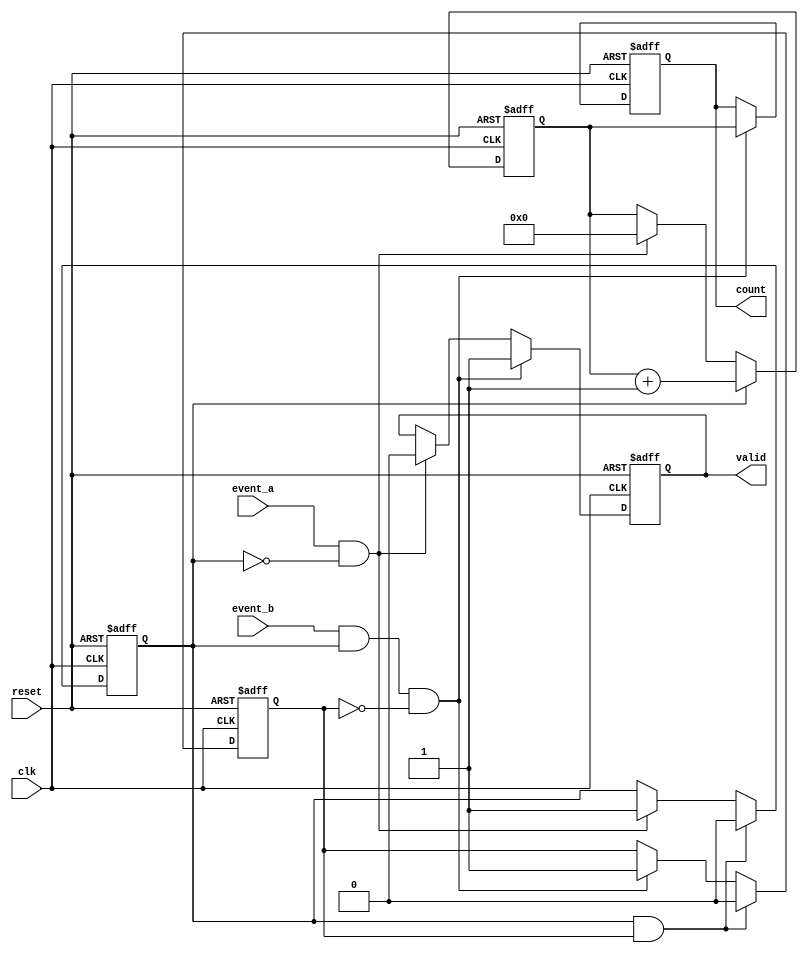
module TDC (
    input wire clk,            // High-frequency clock signal
    input wire reset,          // Asynchronous reset signal
    input wire event_a,        // Event A input
    input wire event_b,        // Event B input
    output reg [15:0] count,   // Output count value (16-bit)
    output reg valid           // Output valid signal
);

    reg [15:0] counter;        // Counter to measure time intervals
    reg event_a_detected;      // Flag for Event A detection
    reg event_b_detected;      // Flag for Event B detection

    // Asynchronous reset and event detection logic
    always @(posedge clk or posedge reset) begin
        if (reset) begin
            counter <= 16'b0;
            count <= 16'b0;
            valid <= 1'b0;
            event_a_detected <= 1'b0;
            event_b_detected <= 1'b0;
        end else begin
            // Detect Event A
            if (event_a && !event_a_detected) begin
                event_a_detected <= 1'b1; // Set flag for Event A
                counter <= 16'b0;          // Reset counter
                valid <= 1'b0;             // Reset valid signal
            end
            
            // Count clock cycles if Event A has been detected
            if (event_a_detected) begin
                counter <= counter + 1'b1; // Increment counter
            end
            
            // Detect Event B
            if (event_b && event_a_detected && !event_b_detected) begin
                event_b_detected <= 1'b1; // Set flag for Event B
                count <= counter;          // Store count value
                valid <= 1'b1;             // Set valid signal
            end
            
            // Reset flags after measurement is complete
            if (event_a_detected && event_b_detected) begin
                event_a_detected <= 1'b0;
                event_b_detected <= 1'b0;
            end
        end
    end

endmodule